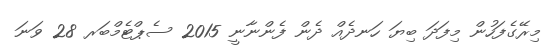
މިރޭގެފަހުން މިފަދަ ބިޔަ ހަނދެއް ދެން ފެންނާނީ 2015 ސެޕްޓެމްބަރ 28 ވަނަ